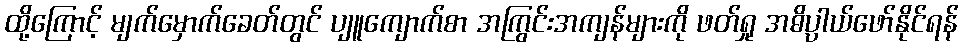
ထို့ကြောင့် မျက်မှောက်ခေတ်တွင် ပျူကျောက်စာ အကြွင်းအကျန်များကို ဖတ်ရှု အဓိပ္ပာယ်ဖော်နိုင်ရန်